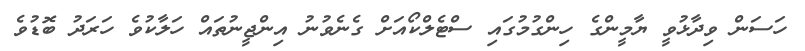
ހަސަން ވިދާޅުވީ ޔާމީންގެ ހިންގުމުގައި ސްޓެލްކޯއަށް ގެނެވުނު އިންޖީނުތައް ހަލާކުވެ ހަރަދު ބޮޑުވެ